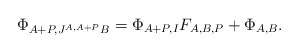
\begin{align*}\Phi_{A+P,J^{A,A+P}B} =\Phi_{A+P,I}F_{A,B,P} +\Phi_{A,B}.\end{align*}